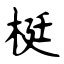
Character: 梃